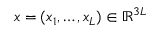
x = ( x _ { 1 } , \dots , x _ { L } ) \in \ensuremath { \mathbb { R } } ^ { 3 L }